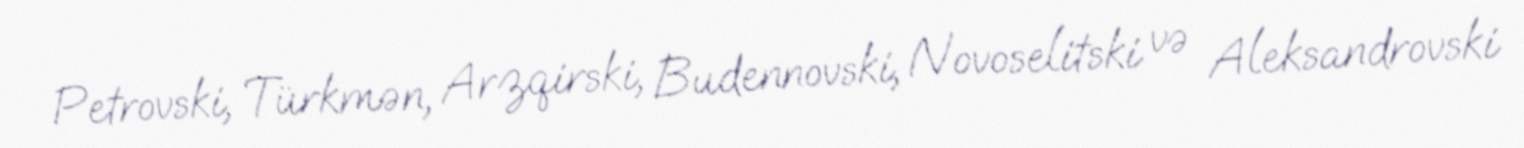
Petrovski, Türkmən, Arzqirski, Budennovski, Novoselitski və Aleksandrovski